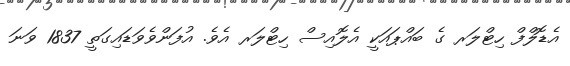
އެޑޮލްފް ހިޓްލަރ ގެ ބައްޕައަކީ އެލޮއިސް ހިޓްލަރ އެވެ. އުފަންވެވަޑައިގަތީ 1837 ވަނަ